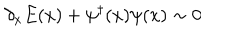
LaTeX: \partial _ { x } E ( x ) + \psi ^ { \dagger } ( x ) \psi ( x ) \sim 0